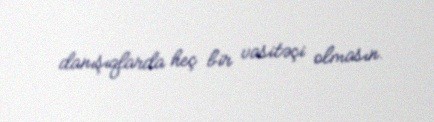
danışıqlarda heç bir vasitəçi olmasın.